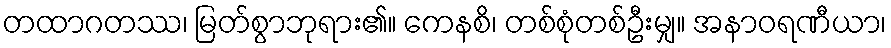
တထာဂတဿ၊ မြတ်စွာဘုရား၏။ ကေနစိ၊ တစ်စုံတစ်ဦးမျှ။ အနာဝရဏီယာ၊